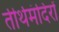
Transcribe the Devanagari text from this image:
तीर्थमंदिरों